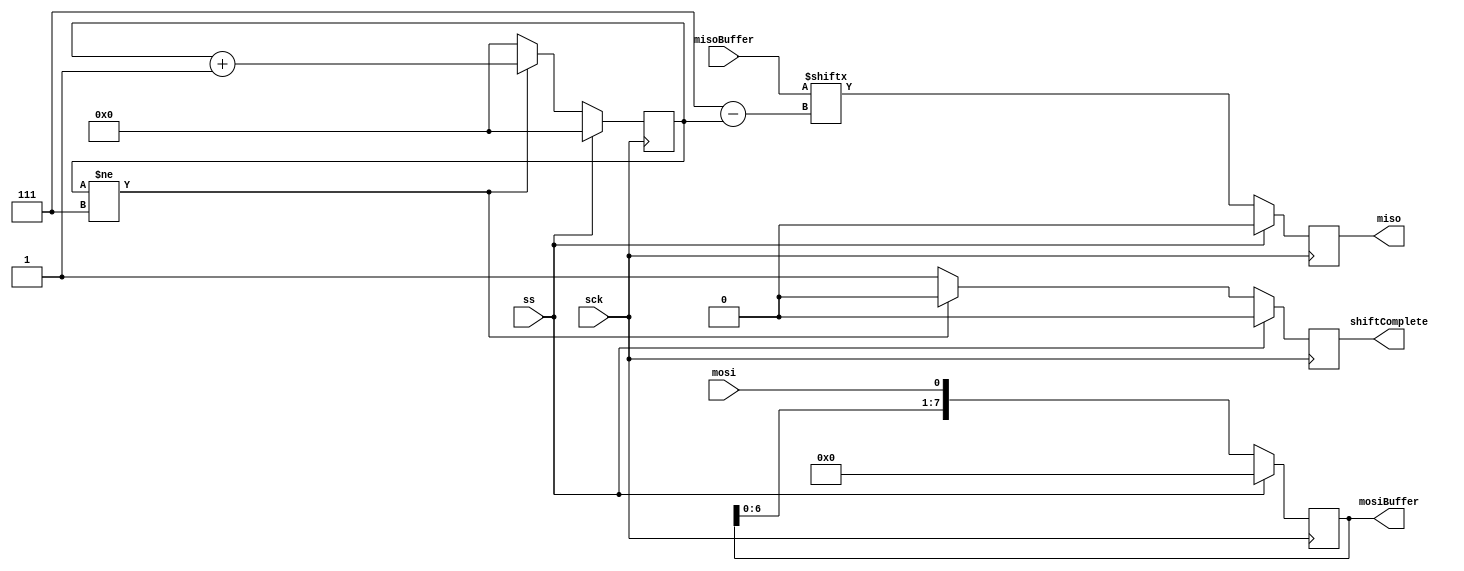
module SpiSlave #(
	parameter BufferSize = 8
)(  
  input wire sck,
  input wire ss,
  input wire mosi,  
  output reg [BufferSize - 1:0] mosiBuffer,
  input wire [BufferSize - 1:0] misoBuffer,
  output reg miso,  
  output reg shiftComplete  
);

reg [15:0] bitNumber;

always @(posedge sck)
	begin
		if (!ss)
			begin		
				mosiBuffer <= { mosiBuffer[BufferSize - 2:0], mosi };
				
				if (bitNumber != BufferSize - 1)
					begin
						shiftComplete <= 0;
						bitNumber <= bitNumber + 1;
					end
				else
					begin
						shiftComplete <= 1;
						bitNumber <= 0;
					end
					
			end
		else
			begin
				bitNumber <= 0;
				mosiBuffer <= 0;
				shiftComplete <= 0;
			end
	end
 
 
always @(negedge sck) 
	miso <= ~ss ? misoBuffer[BufferSize - 1 - bitNumber] : 0;	
  
endmodule